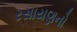
રસાયણનો